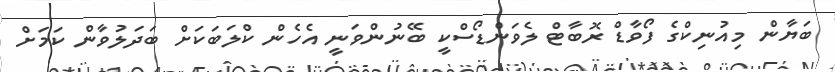
ބަޔާން މިއުނިކްގެ ފޯވާޑް ރޮބާޓް ލެވަންޑޯސްކީ ބޭނުންވަނީ އެހެން ކްލަބަކަށް ބަދަލުވާން ކަމަށް